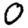
Digit: 0